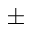
\pm